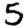
Digit: 5